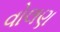
વોલણ